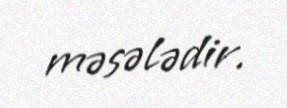
məsələdir.